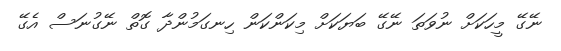
ނޭގޭ މީހަކަށް ނުވަތަ ނޭގޭ ބަޔަކަށް މިކަންކަން ހިނގަމުންދާ ގޮތް ނޭގުނަސް އެގޭ